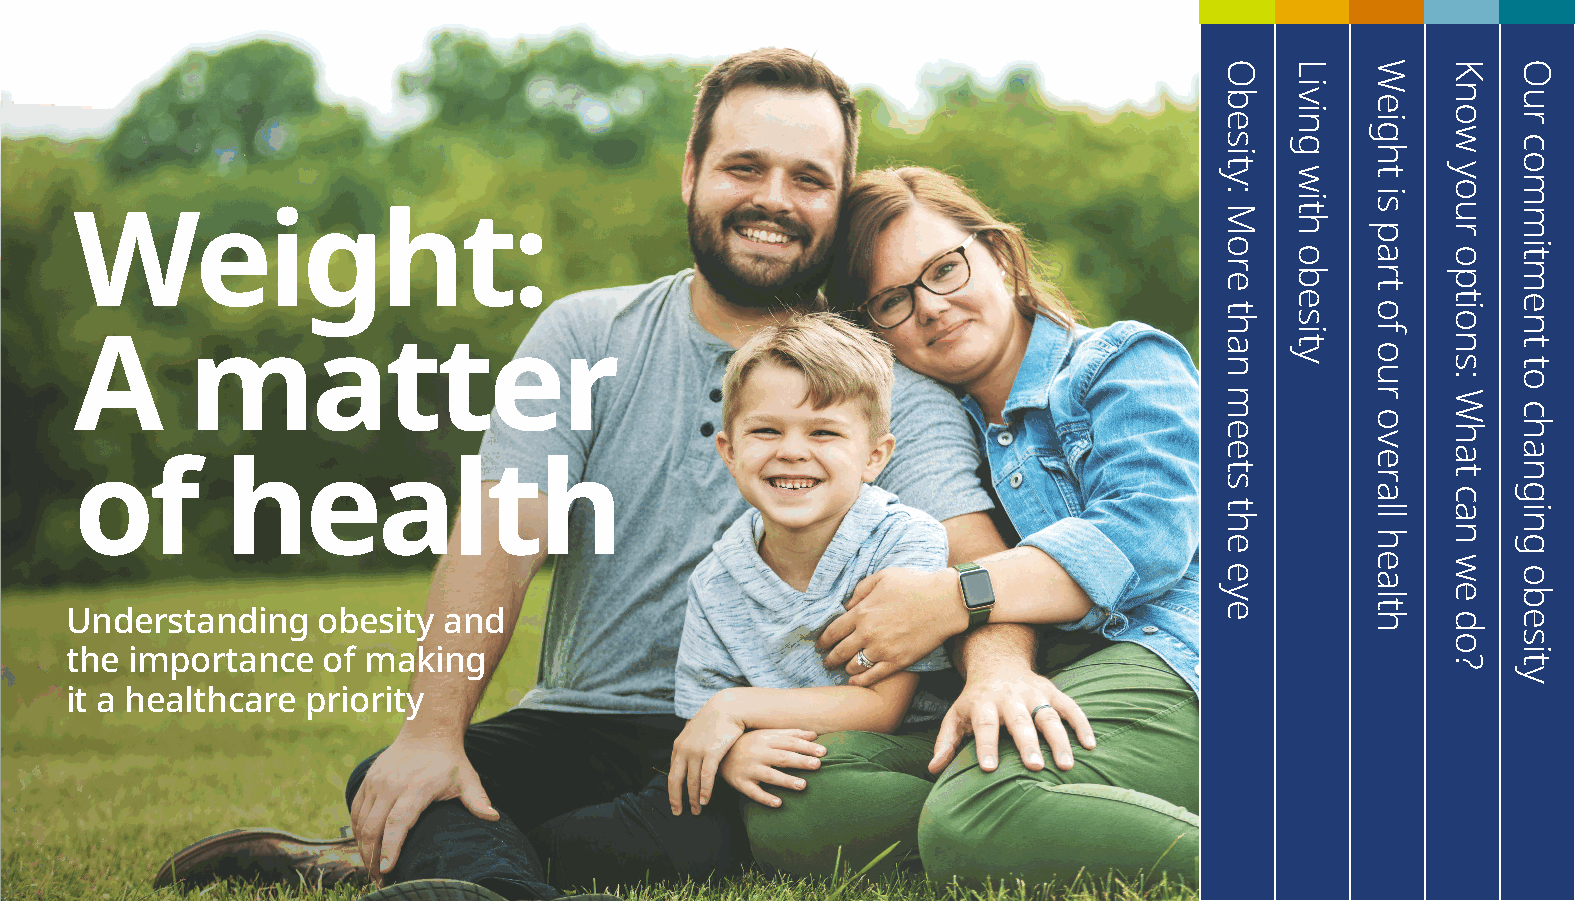
Weight:
 A      matter
 of        health
 Understanding    obesity and
 the importance   of making
 it a healthcare priority
 Obesity:
 More
 than
 meets
 the
 eye
 Living
 with
 obesity
 Weight
 is
 part
 of
 our
 overall
 health
 Know
 your
 options:
 What
 can
 we
 do?
 Our
 commitment
 to
 changing
 obesity